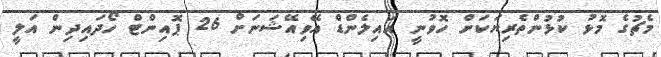
މެޗުގެ މޮޅު ކުޅުންތެރިޔަކަށް ހޮވުނީ އައިލެންޑް އޭވިއޭޝަނަށް 26 ޕޮއިންޓް ހޯދައިދިން އަލީ